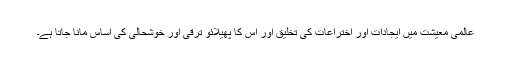
عالمی معیشت میں ایجادات اور اختراعات کی تخلیق اور اس کا پھیلائو ترقی اور خوشحالی کی اساس مانا جاتا ہے۔